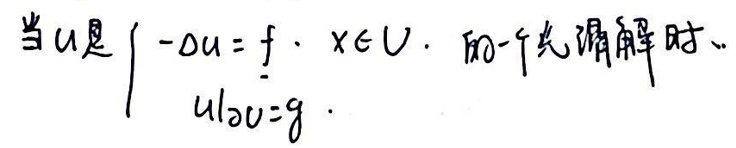
当$u$是$\begin{cases}
-\Delta u = f, \ x\in U, \\
\left.u\right|_{\partial U}=g
\end{cases}$的一个光滑解时